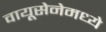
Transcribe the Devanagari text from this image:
वायूसेनेमध्ये